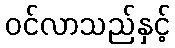
ဝင်လာသည်နှင့်